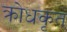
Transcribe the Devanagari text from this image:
क्रोधकृत